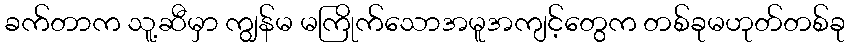
ခက်တာက သူ့ဆီမှာ ကျွန်မ မကြိုက်သောအမူအကျင့်တွေက တစ်ခုမဟုတ်တစ်ခု